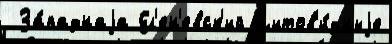
 За́паднаjа Ел'ен'евск'ий щитов'и́дныjе